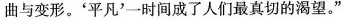
曲与变形。'平凡'一时间成了人们最真切的渴望。”